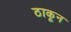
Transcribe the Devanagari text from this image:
ठाकून